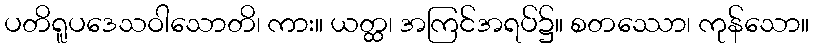
ပတိရူပဒေသဝါသောတိ၊ ကား။ ယတ္ထ၊ အကြင်အရပ်၌။ စတဿော၊ ကုန်သော။